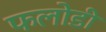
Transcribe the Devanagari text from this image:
फलोडी